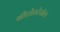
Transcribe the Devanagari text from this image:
सीटोस्टेरॉल